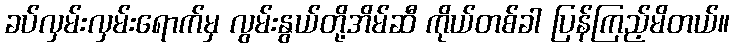
ခပ်လှမ်းလှမ်းရောက်မှ လွမ်းနွယ်တို့အိမ်ဆီ ကိုယ်တစ်ခါ ပြန်ကြည့်မိတယ်။